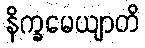
နိက္ခမေယျာတိ